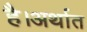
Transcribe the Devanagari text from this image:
है।अर्थात